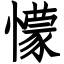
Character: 懞